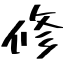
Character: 修